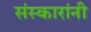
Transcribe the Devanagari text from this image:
संस्कारांनी